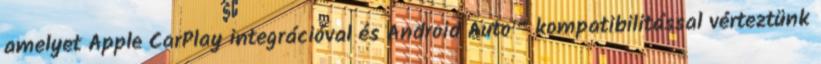
amelyet Apple CarPlay integrációval és Android Auto™ kompatibilitással vérteztünk